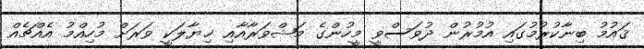
ޤައުމު ބިނާކުރުމުގައި އުމުރުން ދުވަސްވީ މީހުންގެ މަޝްވަރާއާއި ޚިޔާލަކީ ވަރަށް މުހިއްމު އެއްޗެއް